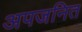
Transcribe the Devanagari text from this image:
अपजनित